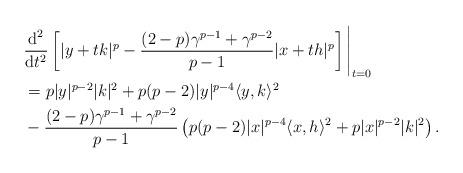
LaTeX: \begin{align*} &\frac{\mbox{d}^2}{\mbox{d}t^2}\left[|y+tk|^p-\frac{(2-p)\gamma^{p-1}+\gamma^{p-2}}{p-1}|x+th|^p\right]\Bigg|_{t=0}\\ &=p|y|^{p-2}|k|^2+p(p-2)|y|^{p-4}\langle y,k\rangle^2\\& -\frac{(2-p)\gamma^{p-1} +\gamma^{p-2}}{p-1}\left(p(p-2)|x|^{p-4}\langle x,h\rangle^2+p|x|^{p-2}|k|^2\right).\end{align*}